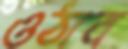
ওঠাব